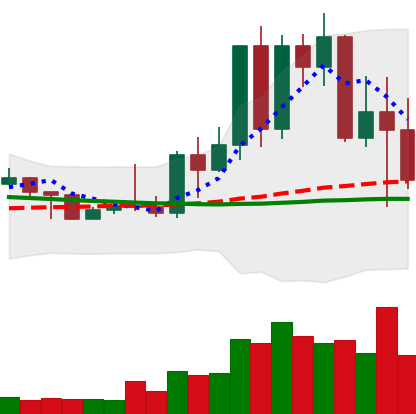
Ticker: TRX-USD
Chart end date: 2022-05-12
Forward return: 7.255%
Label: up_7plus